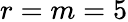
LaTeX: r=m=5